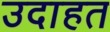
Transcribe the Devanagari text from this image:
उदाहत